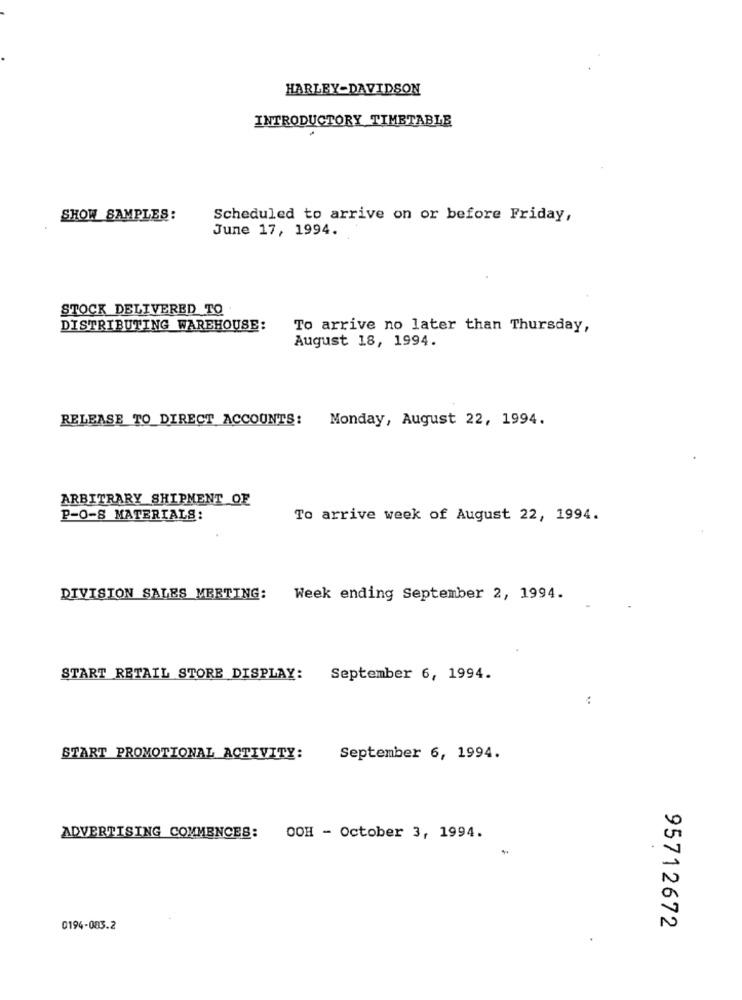
HARLEY-DAVIDSON
INTRODUCTORY TIMETABLE
SHOW SAMPLES:
Scheduled to arrive on or before Friday,
June 17, 1994.
STOCK DELIVERED TO
DISTRIBUTING WAREHOUSE:
To arrive no later than Thursday,
August 18, 1994.
RELEASE TO_DIRECT ACCOUNTS: Monday, August 22, 1994.
ARBITRARY SHIPMENT OF
P-O-8 MATERIALS:
To arrive week of August 22, 1994.
DIVISION SALES MEETING: Week ending September 2, 1994.
START RETAIL STORE DISPLAY: September 6, 1994.
:
START PROMOTIONAL ACTIVITY:
September 6, 1994.
ADVERTISING COMMENCES: OOH - October 3, 1994.
0194-085.2
95712672